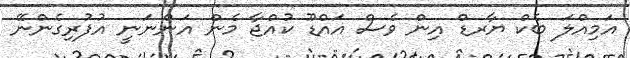
އަމިއްލަ ބެކް ޔާރޑް އިން ވެސް އައްޑޫ ކުއްޖާ މެން އަންނަނީ އުފުރިގެންނޭ